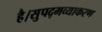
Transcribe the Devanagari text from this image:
है।सुपद्मव्याकरण